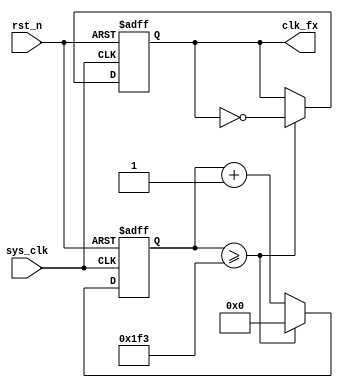
`timescale 1ns / 1ps
//////////////////////////////////////////////////////////////////////////////////
// Company: 
// Engineer: 
// 
// Design Name: 
// Module Name:    Clk_fx_generator 
// Project Name: 
// Target Devices: 
// Tool versions: 
// Description: 
//
// Dependencies: 
//
// Revision: 
// Revision 0.01 - File Created
// Additional Comments: 
//
//////////////////////////////////////////////////////////////////////////////////
module Clk_fx_generator
(
	input       sys_clk,
	input       rst_n,
	output reg  clk_fx
);

localparam     DIVISION_FACTOR = 32'd1_000;
reg[31:0]      clk_cnt;

always@(posedge sys_clk or negedge rst_n)
begin
	if(!rst_n)
	begin
		clk_cnt <= 32'd0;
		clk_fx  <= 1'b0;
	end
	else if(clk_cnt >= ((DIVISION_FACTOR / 2) - 1))
	begin
		clk_cnt <= 32'd0;
		clk_fx  <= ~clk_fx;
	end
	else
	begin
		clk_cnt <= clk_cnt + 1'b1;
		clk_fx  <= clk_fx;
	end
end
endmodule